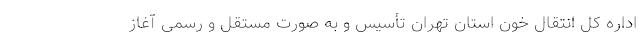
اداره کل انتقال خون استان تهران تأسیس و به صورت مستقل و رسمی آغاز